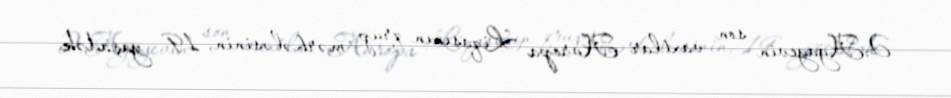
Ə.Ağayevin son vaxtlar Avropa Liqasının qrup mərhələsinin, 19 yaşadək